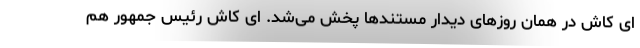
ای کاش در همان روزهای دیدار مستندها پخش می‌شد. ای کاش رئیس جمهور هم